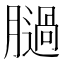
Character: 膼